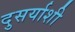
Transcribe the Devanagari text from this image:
दुसर्याशी